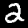
Label: 2